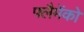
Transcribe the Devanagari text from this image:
फ्लैमेंको